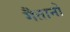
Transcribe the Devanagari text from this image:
गैतानो